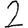
Digit: 2